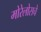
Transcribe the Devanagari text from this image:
मोरेलोसचे